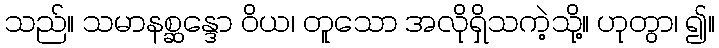
သည်။ သမာနစ္ဆန္ဒော ဝိယ၊ တူသော အလိုရှိသကဲ့သို့။ ဟုတွာ၊ ၍။